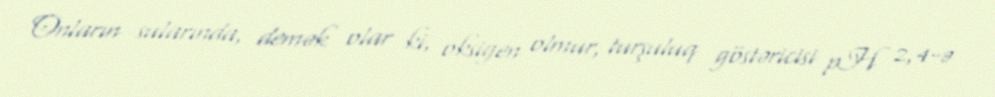
Onların sularında, demək olar ki, oksigen olmur, turşuluq göstəricisi pH 2,4-ə